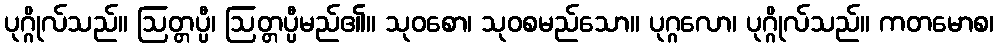
ပုဂ္ဂိုလ်သည်။ ဩတ္တပ္ပီ၊ ဩတ္တပ္ပီမည်၏။ သုဝစော၊ သုဝစမည်သော။ ပုဂ္ဂလော၊ ပုဂ္ဂိုလ်သည်။ ကတမောစ၊